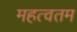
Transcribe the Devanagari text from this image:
महत्वतम